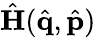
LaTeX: \hat{\mathbf{H}}(\hat{\mathbf{q}},\hat{\mathbf{p}})